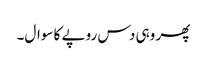
پھر وہی دس روپے کا سوال۔